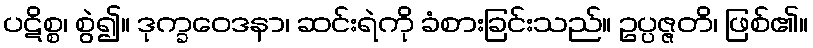
ပဋိစ္စ၊ စွဲ၍။ ဒုက္ခဝေဒနာ၊ ဆင်းရဲကို ခံစားခြင်းသည်။ ဥပ္ပဇ္ဇတိ၊ ဖြစ်၏။